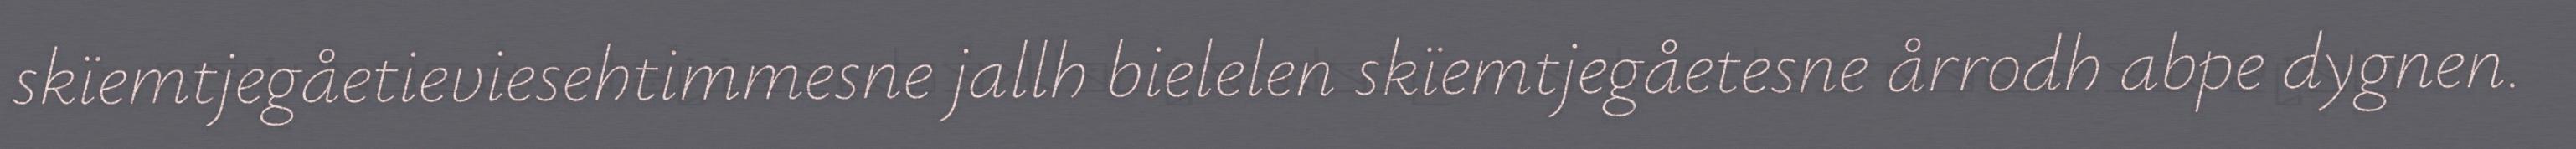
skïemtjegåetieviesehtimmesne jallh bielelen skïemtjegåetesne årrodh abpe dygnen.